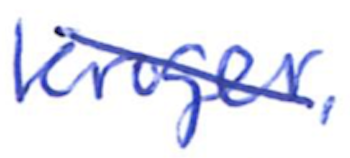
Text: Kroger,
Cross-out: diagonal
Writing tool: ballpoint